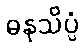
ဓနုသိပ္ပံ